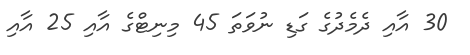
30 އާއި ދެމެދުގެ ގަޑި ނުވަތަ 45 މިނިޓްގެ އާއި 25 އާއި